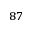
^ { 8 7 }